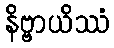
နိဗ္ဗာယိဿံ